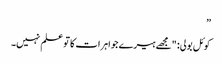
”
کوئل بولی: "مجھے ہیرے جواہرات کا تو علم نہیں۔